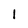
Character: I